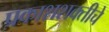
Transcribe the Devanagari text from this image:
प्रकाशशक्तीचे